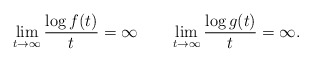
\begin{align*} \lim_{t\to\infty} \frac{\log f(t)}{t}=\infty \quad\quad\lim_{t\to\infty} \frac{\log g(t)}{t}=\infty.\end{align*}